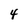
Character: 4